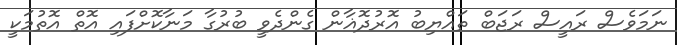
ނަމަވެސް ރައީސް ރަޖަބް ތައްޔިބު އޮރުދޮޣާން ގެންދެވީ ބުރުގާ މަނާކޮށްފައި އޮތް އޮތުމަކީ